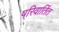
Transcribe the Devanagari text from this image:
परिवार्तित